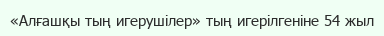
«Алғашқы тың игерушілер» тың игерілгеніне 54 жыл